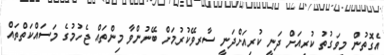
އެގޮތުން މިވަގުތު ކުރިއަށް ދަނީ ކުރިއަށްދަނީ ސާރވޭކުރުމަށް ބޭނުންވާ މިންތައް ޖެހުމުގެ މަސައްކަތްތައް